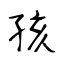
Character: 孩